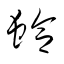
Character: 蛤